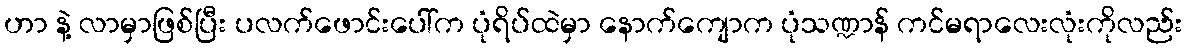
ဟာ နဲ့ လာမှာဖြစ်ပြီး ပလက်ဖောင်းပေါ်က ပုံရိပ်ထဲမှာ နောက်ကျောက ပုံသဏ္ဍာန် ကင်မရာလေးလုံးကိုလည်း